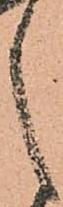
之